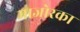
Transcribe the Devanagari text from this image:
माजोरका